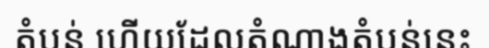
តំបន់ ហើយដែលតំណាងតំបន់នេះ